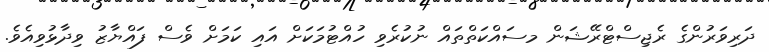
ދަރިވަރުންގެ ރެޖިސްޓްރޭޝަން މސައްކަތްތައް ނުކުރެވި ހުއްޓުމަކަށް އައި ކަމަށް ވެސް ފައްޔާޒު ވިދާޅުވިއެވެ.